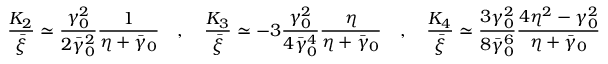
\frac { K _ { 2 } } { \bar { \xi } } \simeq \frac { \gamma _ { 0 } ^ { 2 } } { 2 \bar { \gamma } _ { 0 } ^ { 2 } } \frac { 1 } { \eta + \bar { \gamma } _ { 0 } } \quad , \quad \frac { K _ { 3 } } { \bar { \xi } } \simeq - 3 \frac { \gamma _ { 0 } ^ { 2 } } { 4 \bar { \gamma } _ { 0 } ^ { 4 } } \frac { \eta } { \eta + \bar { \gamma } _ { 0 } } \quad , \quad \frac { K _ { 4 } } { \bar { \xi } } \simeq \frac { 3 \gamma _ { 0 } ^ { 2 } } { 8 \bar { \gamma } _ { 0 } ^ { 6 } } \frac { 4 \eta ^ { 2 } - \gamma _ { 0 } ^ { 2 } } { \eta + \bar { \gamma } _ { 0 } }